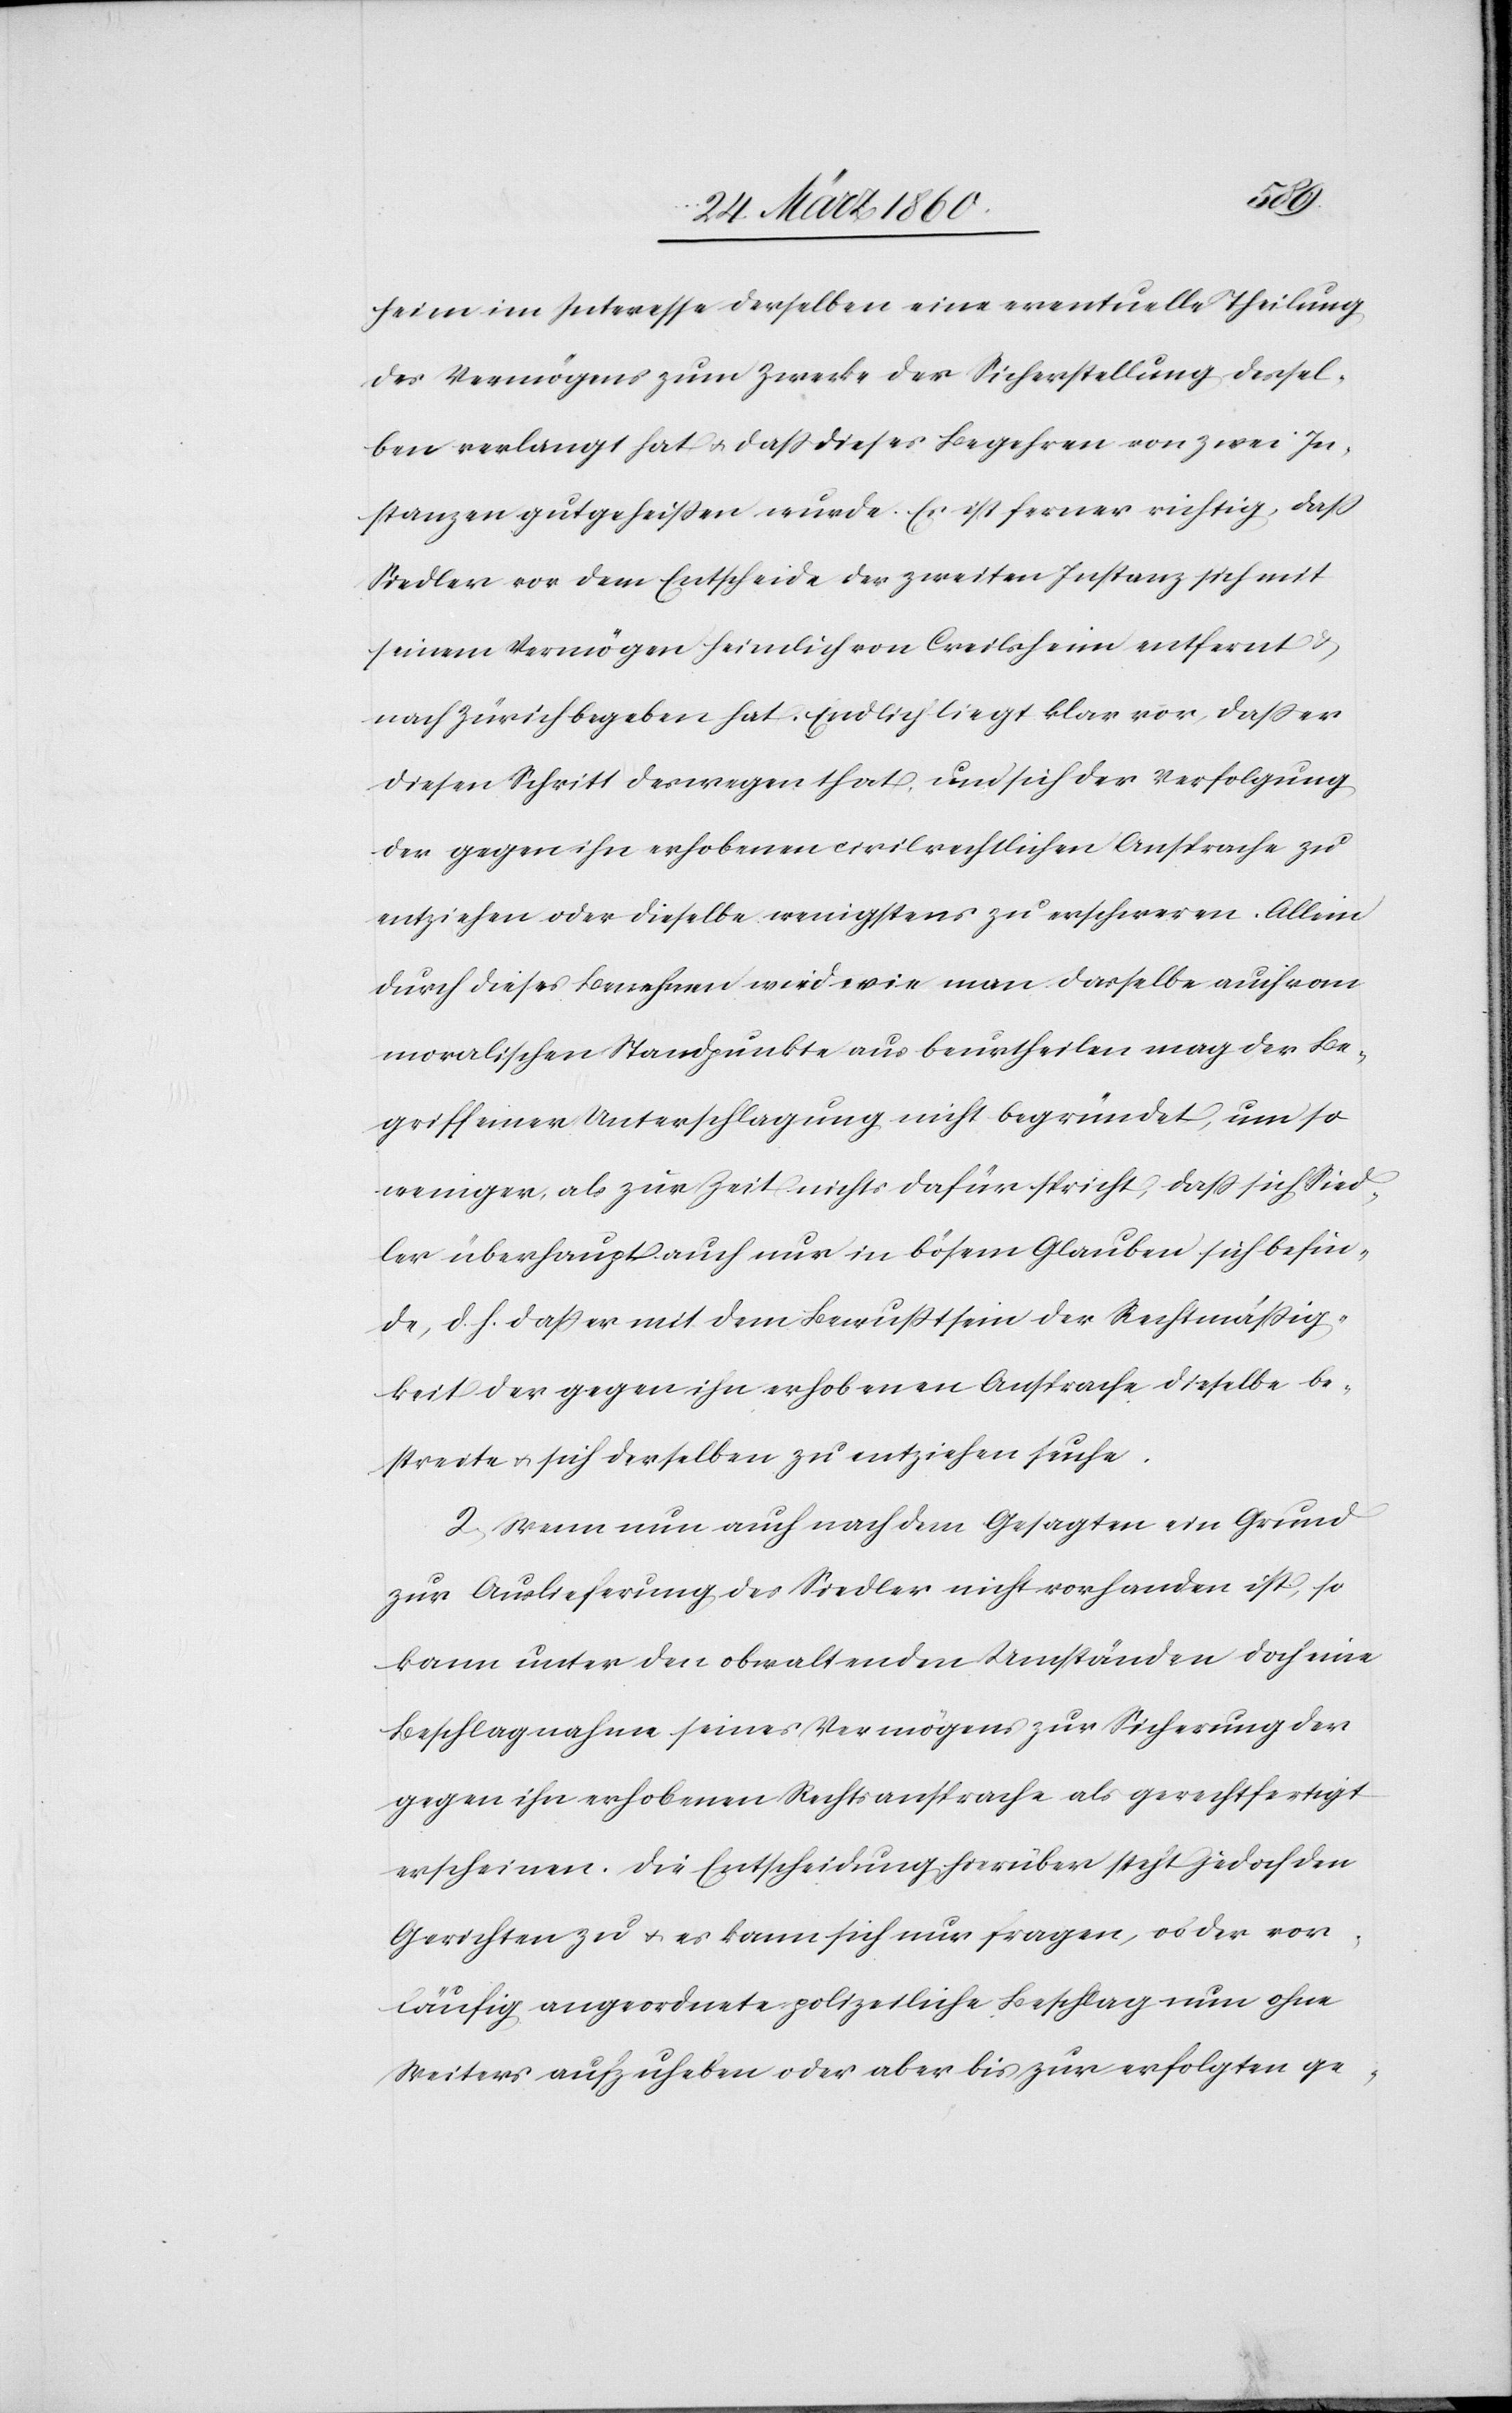
heim im Interesse derselben eine eventuelle Theilung
des Vermögens zum Zwecke der Sicherstellung dersel¬
ben verlangt hat u. dass dieses Begehren von zwei In¬
stanzen gutgeheißen wurde. Es ist ferner richtig, dass
Siedler vor dem Entscheide der zweiten Instanz sich mit
seinem Vermögen heimlich von Creilsheim entfernt u.
nach Zürich begeben hat. Endlich liegt klar vor, dass er
diesen Schritt deswegen that, um sich der Verfolgung
der gegen ihn erhobenen civilrechtlichen Ansprache zu
entziehen oder dieselbe wenigstens zu erschweren. Allein
durch dieses Benehmen wird wie man dasselbe auch vom
moralischen Standpunkte aus beurtheilen mag der Be¬
griff einer Unterschlagung nicht begründet, um so
weniger, als zur Zeit nichts dafür spricht, dass sich Sied¬
ler überhaupt auch nur in bösem Glauben sich befin¬
de, d. h. dass er mit dem Bewußtsein der Rechtmässig¬
keit der gegen ihn erhobenen Ansprache dieselbe be¬
streite u. sich derselben zu entziehen suche.
2. Wenn nun auch nach dem Gesagten ein Grund
zur Auslieferung des Siedler nicht vorhanden ist, so
kann unter den obwaltenden Umständen doch eine
Beschlagnahme seines Vermögens zur Sicherung der
gegen ihn erhobenen Rechtsansprache als gerechtfertigt
erscheinen. Die Entscheidung hierüber steht jedoch den
Gerichten zu u. es kann sich nur fragen, ob der vor¬
läufig angeordnete polizeiliche Beschlag nun ohne
Weiters aufzuheben oder aber bis zur erfolgten ge-